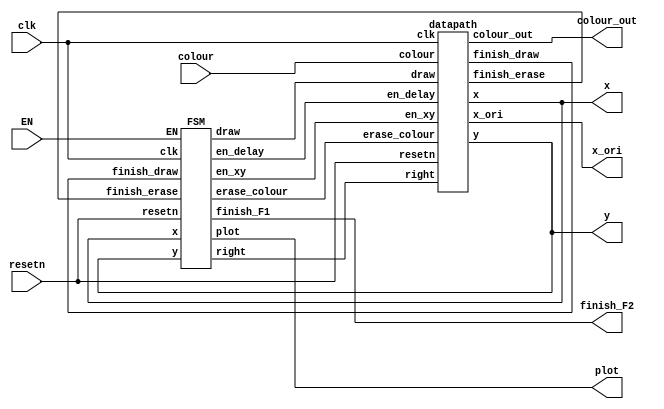
//module car2(
//		CLOCK_50,						//	On Board 50 MHz
//		// Your inputs and outputs here
//      KEY,
//      SW,
//		// The ports below are for the VGA output.  Do not change.
//		VGA_CLK,   						//	VGA Clock
//		VGA_HS,							//	VGA H_SYNC
//		VGA_VS,							//	VGA V_SYNC
//		VGA_BLANK_N,						//	VGA BLANK
//		VGA_SYNC_N,						//	VGA SYNC
//		VGA_R,   						//	VGA Red[9:0]
//		VGA_G,	 						//	VGA Green[9:0]
//		VGA_B   						//	VGA Blue[9:0]
//	   );
//	input			CLOCK_50;				//	50 MHz
//	input   [9:0]   SW;
//	input   [3:0]   KEY;
//	// Declare your inputs and outputs here
//
//	// Do not change the following outputs
//	output			VGA_CLK;   				//	VGA Clock      
//	output			VGA_HS;					//	VGA H_SYNC
//	output			VGA_VS;					//	VGA V_SYNC
//	output			VGA_BLANK_N;				//	VGA BLANK
//	output			VGA_SYNC_N;				//	VGA SYNC
//	output	[9:0]	VGA_R;   				//	VGA Red[9:0]
//	output	[9:0]	VGA_G;	 				//	VGA Green[9:0]
//	output	[9:0]	VGA_B;  
//	//	VGA Blue[9:0]
//	wire resetn;
//	
//	assign resetn = KEY[0];
//	// Create the colour, x, y and writeEn wires that are inputs to the controller.
//	wire [2:0] colour;
//	wire [7:0] x;
//	wire [7:0] y;
//	wire writeEn;
//	wire enable,ld_c;
//
//
//
//	// Create an Instance of a VGA controller - there can be only one!
//
//	// Define the number of colours as well as the initial background
//
//	// image file (.MIF) for the controller.
//
//	vga_adapter VGA(
//			.resetn(resetn),
//			.clock(CLOCK_50),
//			.colour(colour),
//			.x(x),
//			.y(y),
//			.plot(writeEn),
//			/* Signals for the DAC to drive the monitor. */
//			.VGA_R(VGA_R),
//			.VGA_G(VGA_G),
//			.VGA_B(VGA_B),
//			.VGA_HS(VGA_HS),
//			.VGA_VS(VGA_VS),
//			.VGA_BLANK(VGA_BLANK_N),
//			.VGA_SYNC(VGA_SYNC_N),
//			.VGA_CLK(VGA_CLK));
//		defparam VGA.RESOLUTION = "160x120";
//		defparam VGA.MONOCHROME = "FALSE";
//		defparam VGA.BITS_PER_COLOUR_CHANNEL = 1;
//		defparam VGA.BACKGROUND_IMAGE = "black.mif";
//	// Put your code here. Your code should produce signals x,y,colour and writeEn/plot
//	// for the VGA controller, in addition to any other functionality your design may require.
//    wire en_xy,en_delay,erase_colour,draw,right,finish_draw,finish_erase,finish_F1;
//    // Instansiate datapath
//	// datapath d0(...);
//      	datapath D1(
//			.colour(SW[9:7]),
//			.clk(CLOCK_50),
//			.resetn(resetn),
//			.en_xy(en_xy), 
//			.en_delay(en_delay),
//			.erase_colour(erase_colour), 
//			.draw(draw), 
//			.right(right),
//			.finish_draw(finish_draw),
//			.finish_erase(finish_erase),
//			.x(x),
//			.y(y),
//			.colour_out(colour));
//
//    // Instansiate FSM control
//    // control c0(...);
//	   	FSM F1(
//			.clk(CLOCK_50), 
//			.resetn(resetn),
//			.finish_draw(finish_draw),
//			.finish_erase(finish_erase),
//			.en_xy(en_xy), 
//			.en_delay(en_delay), 
//			.erase_colour(erase_colour), 
//			.draw(draw), 
//			.right(right),
//			.finish_F1(finish_F1),
//			.plot(writeEn),
//			.x(x),
//			.y(y));
//endmodule



module car2(
		input [2:0] colour,
		input resetn,
		input clk,
		input EN,
		output plot,
		output finish_F2,
		output [7:0]x,
		output [6:0]y,
		output [2:0]colour_out,
		output [7:0]x_ori);
	
	
	wire draw;
	wire en_xy, en_delay, erase_colour, finish_draw, finish_erase, right;
	datapath D1(
			.colour(colour),
			.clk(clk),
			.resetn(resetn),
			.en_xy(en_xy), 
			.en_delay(en_delay),
			.erase_colour(erase_colour), 
			.draw(draw), 
			.right(right),
			.finish_draw(finish_draw),
			.finish_erase(finish_erase),
			.x(x),
			.y(y),
			.colour_out(colour_out),
			.x_ori(x_ori));
	FSM F1(
			.clk(clk), 
			.resetn(resetn),
			.finish_draw(finish_draw),
			.finish_erase(finish_erase),
			.EN(EN),
			.en_xy(en_xy), 
			.en_delay(en_delay), 
			.erase_colour(erase_colour), 
			.draw(draw), 
			.right(right),
			.finish_F1(finish_F2),
			.plot(plot),
			.x(x),
			.y(y));
		
endmodule

module datapath(
			input [2:0]colour,
			input clk,
			input resetn,
			input en_xy, en_delay,erase_colour, draw, right,
			output finish_draw,
			output reg finish_erase,
			output reg [7:0]x,
			output reg [6:0]y,
			output reg [2:0]colour_out,
			output [7:0]x_ori);
			//colour reg
			always @(*)
			begin
				if (resetn == 1'b0)
					colour_out <= 3'b000;
				else
				begin
					if (erase_colour == 1'b1)
						colour_out <= 3'b000;
					else
						colour_out <= colour;
				end
			end
			
			//rate dividor, delay counter
			reg [19:0]q;
			always @(posedge clk)
			begin
				if (resetn == 1'b0)
					q <= 20'd0;
				else if (q == 20'd8333)
					q <= 20'd0;
				else 
				begin
					if (en_delay == 1'b1)
						q <= q + 1'b1;
				end
			end
			//frame counter
			wire en_frame;
			assign en_frame = (q == 20'd8333)? 1:0;
			
			reg [3:0]frame;
			always @(posedge clk)
			begin
				if (resetn == 1'b0)
					frame <= 4'b0000;
				else if (frame == 4'd5)
					frame <= 4'b0000;
				else
				begin
					if (en_frame == 1'b1)
						frame <= frame + 1'b1;
				end
			end
			
			assign finish_draw = (frame == 4'd5)? 1:0;
			//x counter
			reg [7:0]x_original;
			reg [6:0]y_original;
			assign x_ori = x_original;
			always @(posedge clk)
			begin
				if (resetn == 1'b0)begin
					x_original <= 8'd27;
					y_original <= 7'd60;
					end
				else if (en_xy == 1'b1)
				begin
					if (right == 1'b1)
						x_original <= x_original + 1'b1;
					else
						x_original <= x_original - 1'b1;
				end
			end
			
			//draw box
			reg [5:0]q2;
			always @(posedge clk)
			begin
				if (resetn == 1'b0)begin
					q2 <= 6'b000000;
					finish_erase <= 1'b0;
					end
				else if (finish_draw)
					q2 <= 6'b000000;
				else if (draw)
				begin
					if (q2 == 6'b111111)begin
						q2 <= 6'b000000;
						finish_erase <= 1'b1;
						end
					else begin
						q2 <= q2 + 1'b1;
						finish_erase <= 1'b0;
						end
				end
					
			end
			
			// xy coordinate
			always @(*)
			begin
				if (!resetn) begin
					x = x_original;
					y = y_original;
				end
				else if(draw)
				begin
					x = x_original + q2[3:0];
					y = y_original + q2[5:4];
				end
			end

endmodule

module FSM(
			input clk, resetn,finish_draw,finish_erase,EN,
			output reg en_xy, en_delay, erase_colour, draw, right,finish_F1,plot,
			input [7:0]x,
			input [6:0]y);
			
			reg [2:0] current_state, next_state;

			localparam  ERASE= 3'd0,
							NEW_XY = 3'd1,
							DRAW = 3'd2,
							WAIT = 3'd3;
			always @(*)
			begin: state_table
				case (current_state)
					WAIT: next_state = EN? ERASE: WAIT;
					ERASE: next_state = finish_erase ? NEW_XY : ERASE;
					NEW_XY: next_state = DRAW;
					DRAW: next_state = finish_draw ?  WAIT: DRAW;
					default: next_state = WAIT;
				endcase
			end
			
			always @(*)
			begin: signals
				en_xy = 1'b0; 
				en_delay = 1'b0;
				erase_colour = 1'b0;
				draw = 1'b0;
				plot = 1'b0;
				finish_F1 = finish_draw;
		
				case (current_state)
					DRAW: begin
					en_delay = 1'b1;
					erase_colour = 1'b0;
					draw = 1'b1;
					plot = 1'b1;
						end
					ERASE: begin
					erase_colour = 1'b1;
					draw = 1'b1;
					plot = 1'b1;
					end
					NEW_XY :
					begin
					en_xy = 1'b1;
					end
					WAIT :
					begin
					end
				endcase
			end
			//direction
			always @(posedge clk)
			begin
				if(!resetn)
					right <= 1'b1;
				else
				begin
					if (x == 8'd26)
						right <= 1'b1;
					if (x == 8'd80)
						right <= 1'b0;
				end	
			end
	
			always@(posedge clk)
			begin: state_FFs
				if(!resetn)
					current_state <= ERASE;
				else
					current_state <= next_state;
			end // state_FFS

endmodule